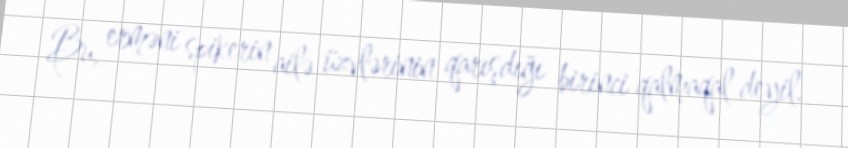
Bu, erməni spikerin ailə üzvlərinin qarışdığı birinci qalmaqal deyil.